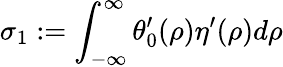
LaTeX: \sigma_{1}:=\int_{-\infty}^{\infty}\theta_{0}^{\prime}(\rho)\eta^{\prime}(\rho)d\rho